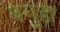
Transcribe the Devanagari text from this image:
बगुड़ा